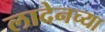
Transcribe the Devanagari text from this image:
लादेनच्या